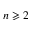
n \geqslant { 2 }